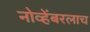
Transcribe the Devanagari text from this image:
नोव्हेंबरलाच